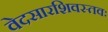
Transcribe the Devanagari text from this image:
वेदसारशिवस्तवः